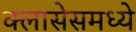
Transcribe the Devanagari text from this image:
क्लासेसमध्ये